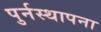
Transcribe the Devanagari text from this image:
पुर्नस्‍थापना